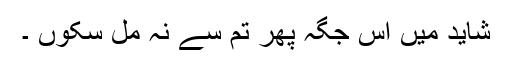
شاید میں اس جگہ پھر تم سے نہ مل سکوں ۔